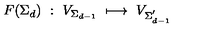
F ( \Sigma _ { d } ) \ : \ V _ { \Sigma _ { d - 1 } } \ \longmapsto \ V _ { \Sigma _ { d - 1 } ^ { ' } }